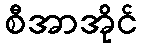
စီအာအိုင်